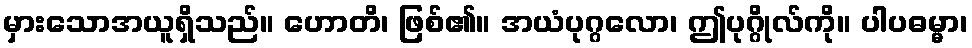
မှားသောအယူရှိသည်။ ဟောတိ၊ ဖြစ်၏။ အယံပုဂ္ဂလော၊ ဤပုဂ္ဂိုလ်ကို။ ပါပဓမ္မာ၊